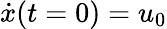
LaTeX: \dot{x}(t=0)=u_{0}